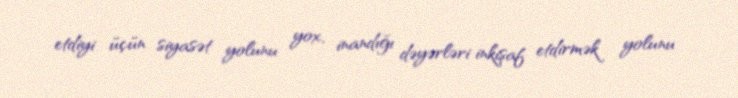
etdiyi üçün siyasət yolunu yox, inandığı dəyərləri inkişaf etdirmək yolunu